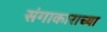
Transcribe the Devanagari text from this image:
संगाकाराच्या